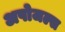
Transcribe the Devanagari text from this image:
अपोजल्स